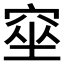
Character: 𥦊